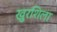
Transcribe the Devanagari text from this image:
खुरशिला